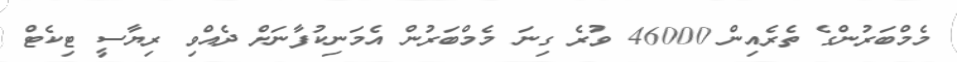
މެމްބަރުންގެ ތެރެއިން 46000 ވުރެ ގިނަ މެމްބަރުން އެމަނިކުފާނަށް ދެއްވި ރިޔާސީ ޓިކެޓް